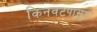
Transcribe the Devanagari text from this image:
किनवटपासून